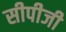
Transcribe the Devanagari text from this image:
सीपीजी